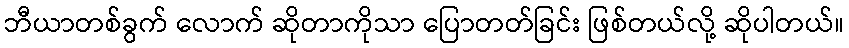
ဘီယာတစ်ခွက် လောက် ဆိုတာကိုသာ ပြောတတ်ခြင်း ဖြစ်တယ်လို့ ဆိုပါတယ်။